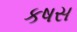
કષસ